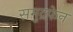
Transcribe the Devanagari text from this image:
समुद्रफेन